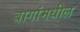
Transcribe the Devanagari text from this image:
बागांमधील